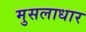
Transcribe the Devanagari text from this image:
मुसलाधार